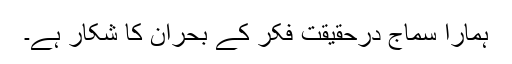
ہمارا سماج درحقیقت فکر کے بحران کا شکار ہے۔